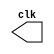
// ---------------------------
// -- Alexandre Palmieri Sad
// -- 440265
// -- Exemplo0041
// ---------------------------
// --------------------------- 
// -- test clock generator (1) 
// --------------------------- 
module clock ( clk ); 
	output clk; 
	reg clk; 
	initial 
		begin 
		clk = 1'b0; 
		end 
	always 
		begin 
		#12 clk = ~clk; 
		end 
endmodule // -- clock ( ) 

module Exemplo0041; 
	wire clk; 
	clock CLK1 ( clk ); 
	initial begin 
		$dumpfile ("Exemplo0041.vcd"); 
		$dumpvars; 
		#120 $finish; 
	end 
endmodule // -- Exemplo0041 ( )